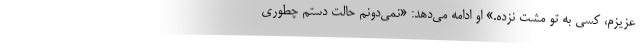
عزیزم، کسی به تو مشت نزده.» او ادامه می‌دهد: «نمی‌دونم حالت دستم چطوری